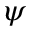
\psi